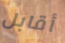
أقابل